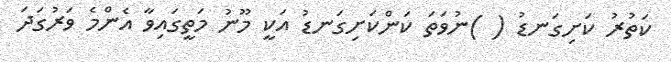
ކަތުރު ކަށިގަނޑު ( )ނުވަތަ ކަންކަށިގަނޑު އަކީ މޫނު މަތީގައިވާ އެންމެ ވަރުގަދަ